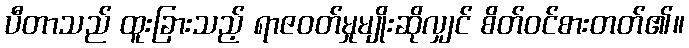
ပီတာသည် ထူးခြားသည့် ရာဇဝတ်မှုမျိုးဆိုလျှင် စိတ်ဝင်စားတတ်၏။